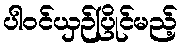
ပါဝင်ယှဉ်ပြိုင်မည့်